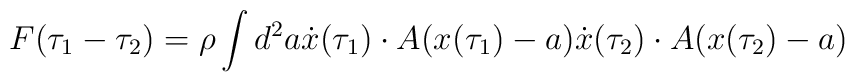
F(\tau_1-\tau_2)=\rho \int d^2a \dot{x}(\tau_1)\cdot A(x(\tau_1)-a)\dot{x}(\tau_2)\cdot A(x(\tau_2)-a)